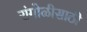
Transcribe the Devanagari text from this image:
रांगोळीसाठी